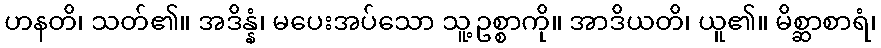
ဟနတိ၊ သတ်၏။ အဒိန္နံ၊ မပေးအပ်သော သူ့ဥစ္စာကို။ အာဒိယတိ၊ ယူ၏။ မိစ္ဆာစာရံ၊